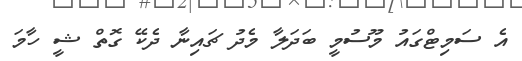
އެ ސަމިޓްގައު މޫސުމީ ބަދަލާ މެދު ޗައިނާ ދެކޭ ގޮތް ޝީ ހާމަ